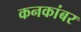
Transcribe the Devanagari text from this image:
कनकांबर